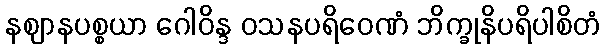
နဈာနပစ္စယာ ဂေါဝိန္ဒ ဝသနပရိဝေဏံ ဘိက္ခုနိပရိပါစိတံ